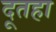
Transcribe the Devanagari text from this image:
दूतहा